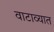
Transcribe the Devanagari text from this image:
वाटाव्यात